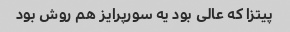
پیتزا که عالی بود یه سورپرایز هم روش بود